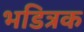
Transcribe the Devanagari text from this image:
भडित्रक